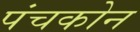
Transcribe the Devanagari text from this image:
पंचकोन